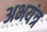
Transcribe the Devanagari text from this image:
अभयंत्र